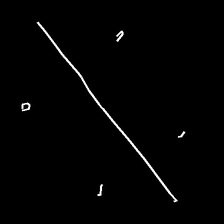
Glyph: cool